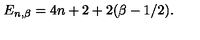
E _ { n , \beta } = 4 n + 2 + 2 ( \beta - 1 / 2 ) .